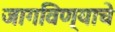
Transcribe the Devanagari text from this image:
जागविण्याचे